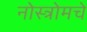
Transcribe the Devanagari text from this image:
नोस्त्रोमचे